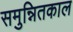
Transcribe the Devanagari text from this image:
समुन्नितकाल